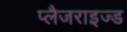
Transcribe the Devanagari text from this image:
प्लैजराइज्ड